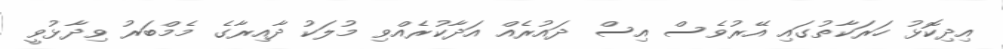
އިދިކޮޅު ހަރަކާތުގައި އޭރުވެސް އިސް ދައުރެއް އަދާކުރެއްވި މުލަކު ދާއިރާގެ މެމްބަރު ވިދާޅުވީ